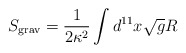
\begin{align*}S_{\rm grav} = \frac{1}{ 2\kappa^2} \int d^{11}x \sqrt{g} R\end{align*}